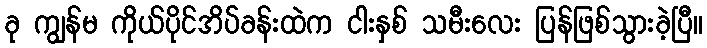
ခု ကျွန်မ ကိုယ်ပိုင်အိပ်ခန်းထဲက ငါးနှစ် သမီးလေး ပြန်ဖြစ်သွားခဲ့ပြီ။